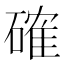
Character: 確